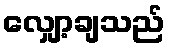
လျှော့ချသည်